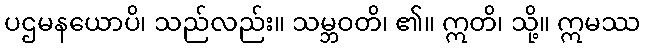
ပဌမနယောပိ၊ သည်လည်း။ သမ္ဘဝတိ၊ ၏။ ဣတိ၊ သို့။ ဣမဿ